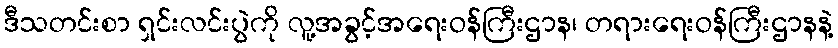
ဒီသတင်းစာ ရှင်းလင်းပွဲကို လူ့အခွင့်အရေးဝန်ကြီးဌာန၊ တရားရေးဝန်ကြီးဌာနနဲ့